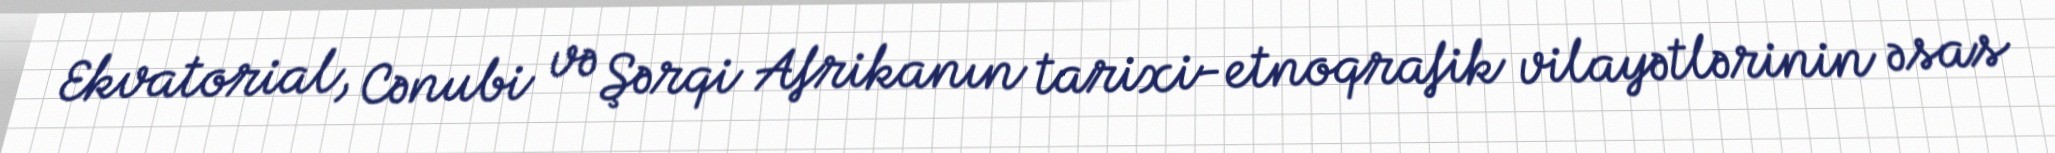
Ekvatorial, Cənubi və Şərqi Afrikanın tarixi-etnoqrafik vilayətlərinin əsas